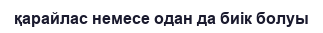
қарайлас немесе одан да биік болуы